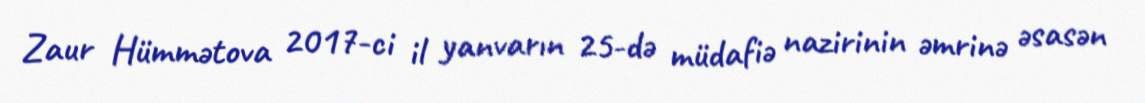
Zaur Hümmətova 2017-ci il yanvarın 25-də müdafiə nazirinin əmrinə əsasən